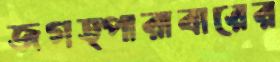
জগত্পারাবারের